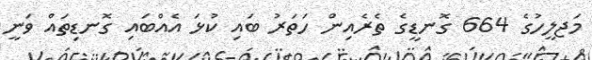
މަޖލީހުގެ 664 ގޮނޑީގެ ތެރެއިން ހަތަރު ބައި ކުޅަ އެއްބައި ގޮނޑިތައް ވަނީ